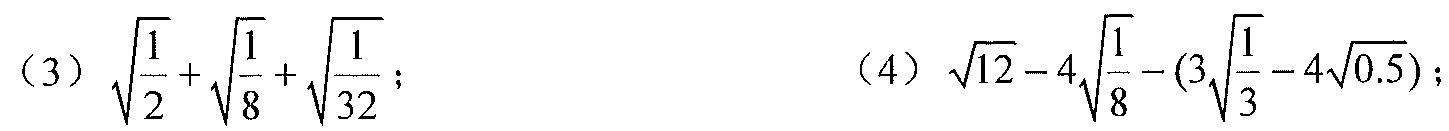
（3）\(\sqrt{\dfrac{1}{2}}+\sqrt{\dfrac{1}{8}}+\sqrt{\dfrac{1}{32}}\)；
（4）\(\sqrt{12}-4\sqrt{\dfrac{1}{8}}-(3\sqrt{\dfrac{1}{3}} - 4\sqrt{0.5})\)；